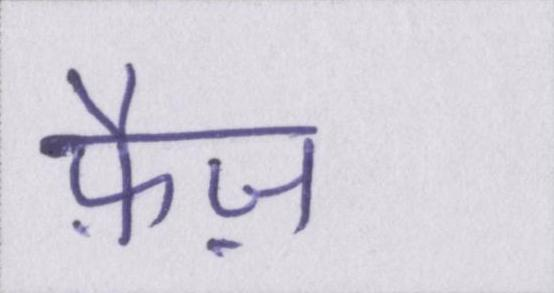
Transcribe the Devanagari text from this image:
फ़ैज़